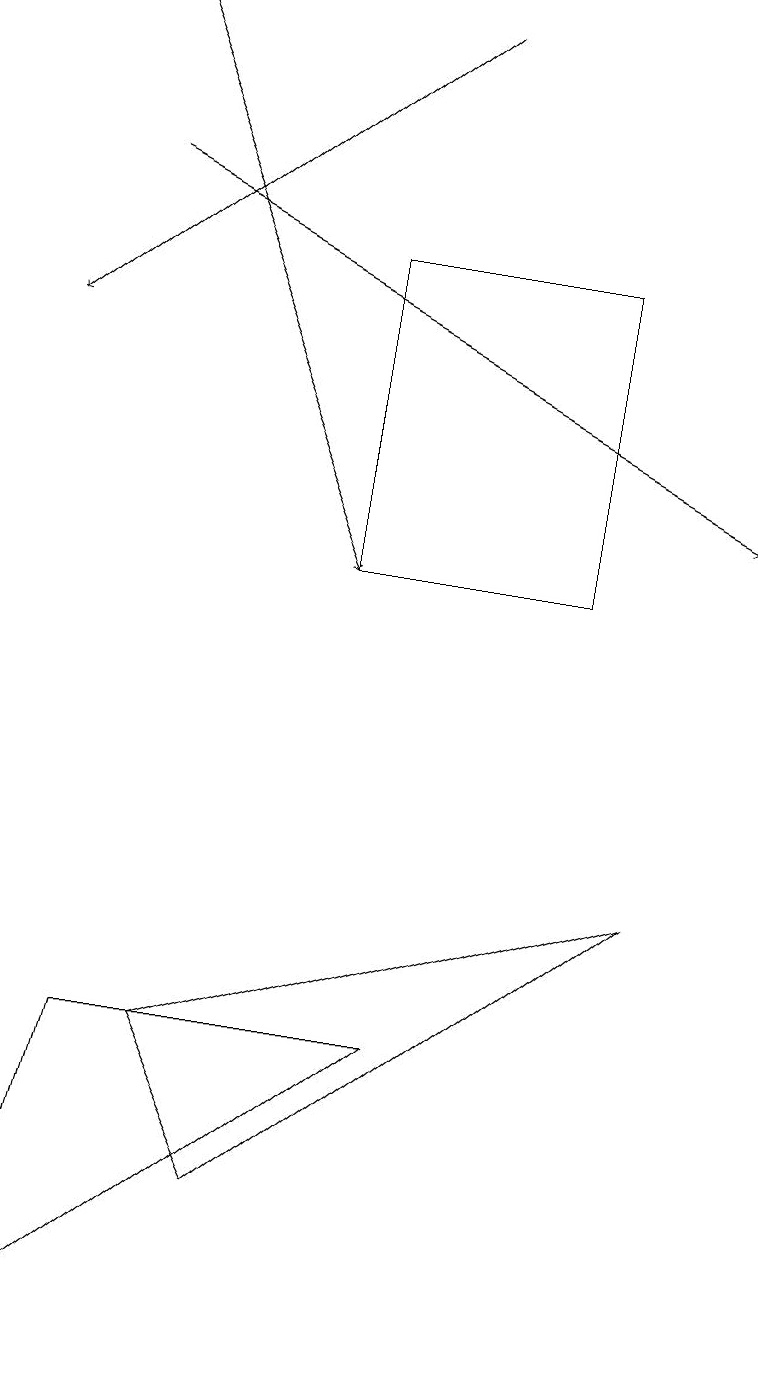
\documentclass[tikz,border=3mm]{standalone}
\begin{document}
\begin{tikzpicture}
\draw (7,14) rectangle (4,10);
\draw[->] (5,17) -- (0,13);
\draw[->] (1,17) -- (4,10);
\draw (2,4) -- (8,6) -- (3,2) -- cycle;
\draw (0,0) -- (5,4) -- (1,4) -- cycle;
\draw[->] (1,15) -- (9,11);
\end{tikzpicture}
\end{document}